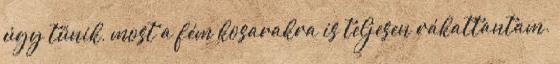
úgy tűnik, most a fém kosarakra is teljesen rákattantam.